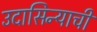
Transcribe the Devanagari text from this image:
उदासिन्याची